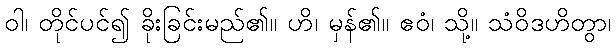
ဝါ၊ တိုင်ပင်၍ ခိုးခြင်းမည်၏။ ဟိ၊ မှန်၏။ ဧဝံ၊ သို့။ သံဝိဒဟိတွာ၊